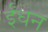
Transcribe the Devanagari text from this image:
र्इंधन